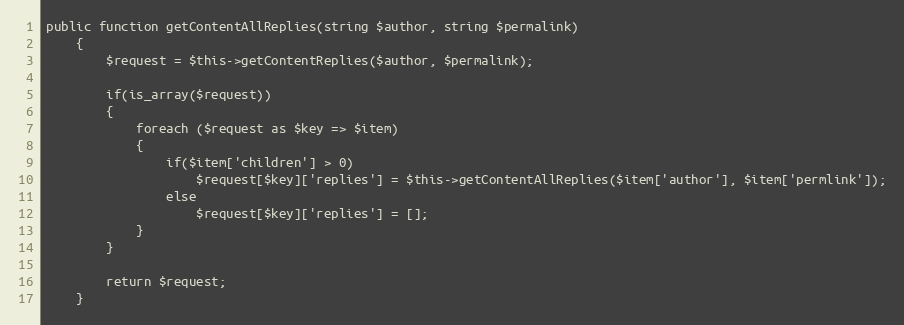
Language: PHP
public function getContentAllReplies(string $author, string $permalink)
    {
        $request = $this->getContentReplies($author, $permalink);

        if(is_array($request))
        {
            foreach ($request as $key => $item)
            {
                if($item['children'] > 0)
                    $request[$key]['replies'] = $this->getContentAllReplies($item['author'], $item['permlink']);
                else
                    $request[$key]['replies'] = [];
            }
        }

        return $request;
    }